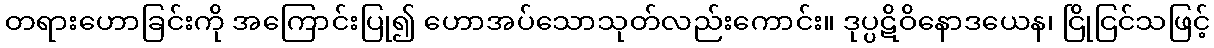
တရားဟောခြင်းကို အကြောင်းပြု၍ ဟောအပ်သောသုတ်လည်းကောင်း။ ဒုပ္ပဋိဝိနောဒယေန၊ ငြိုငြင်သဖြင့်